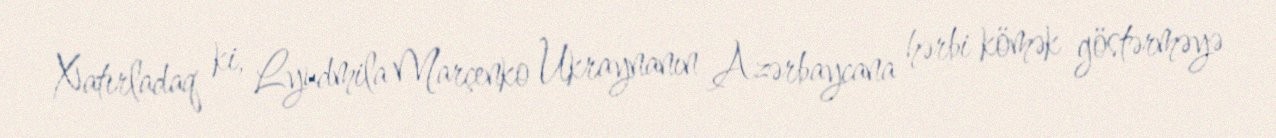
Xatırladaq ki, Lyudmila Marçenko Ukraynanın Azərbaycana hərbi kömək göstərməyə